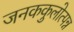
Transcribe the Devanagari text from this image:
जनककुलोत्पन्न